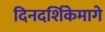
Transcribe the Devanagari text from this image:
दिनदर्शिकेमागे